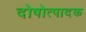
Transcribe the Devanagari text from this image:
दोषोत्पादक